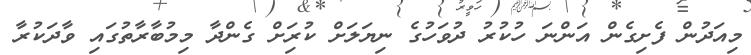
މިއަދުން ފެށިގެން އަންނަ ހުކުރު ދުވަހުގެ ނިޔަލަށް ކުރިަށް ގެންދާ މިމުބާރާތުގައި ވާދަކުރާ